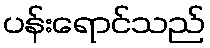
ပန်းရောင်သည်